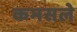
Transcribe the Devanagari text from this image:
कमसले